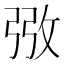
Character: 㢸